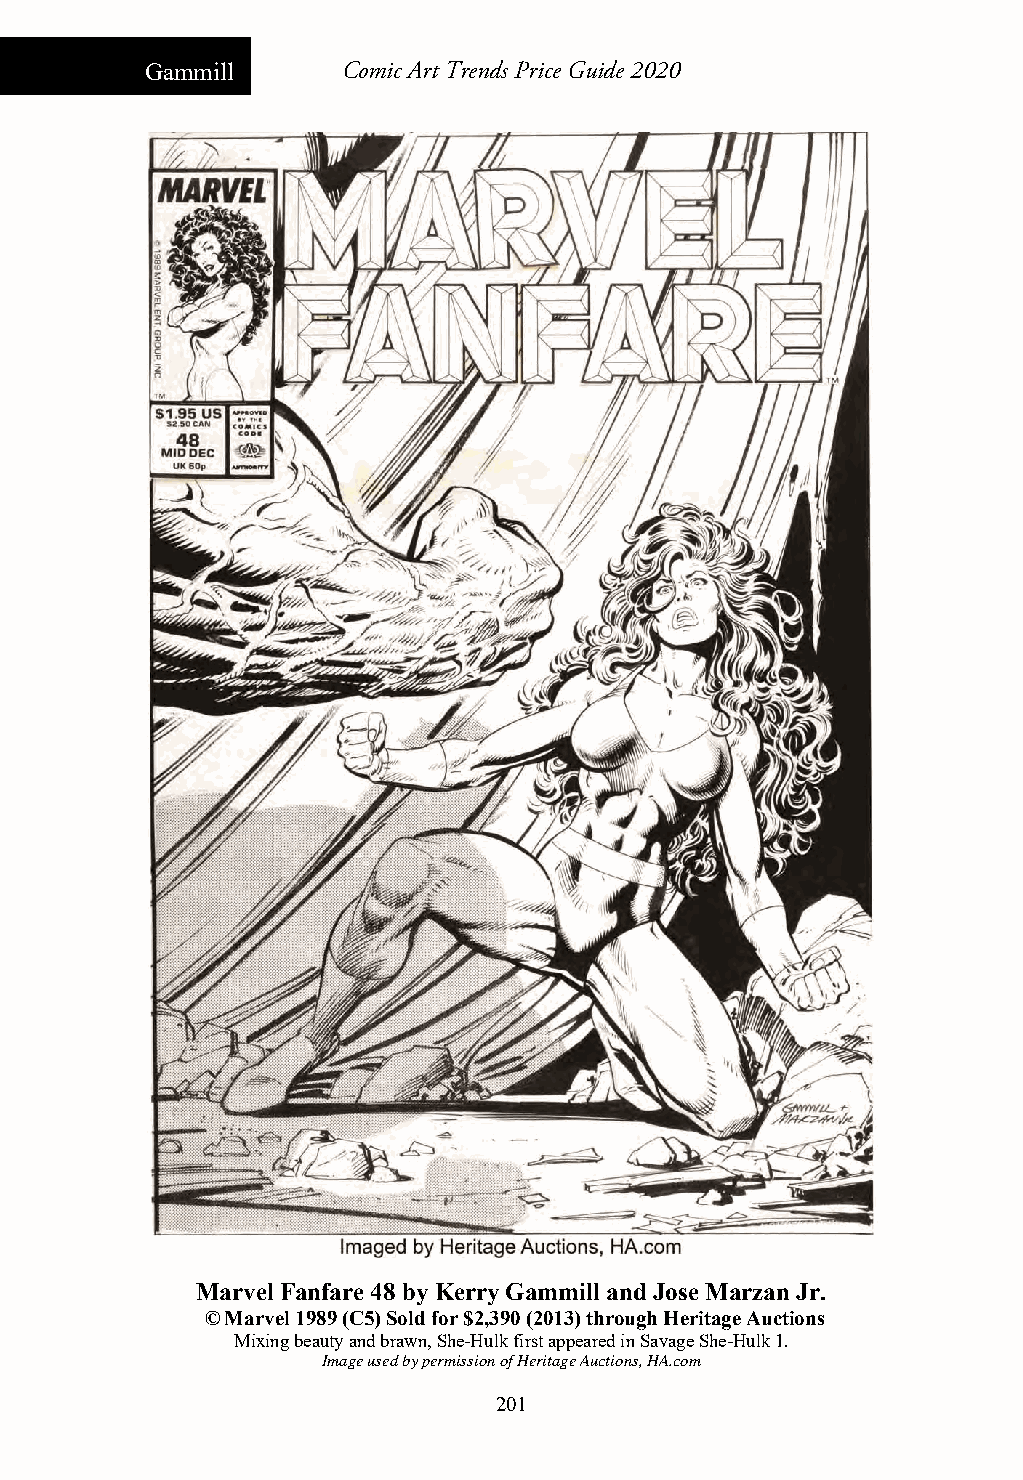
Gammill      Comic Art Trends Price Guide 2020
 Marvel Fanfare 48 by Kerry Gammill and Jose Marzan Jr.
 © Marvel 1989 (C5) Sold for $2,390 (2013) through Heritage Auctions
 Mixing beauty and brawn, She-Hulk first appeared in Savage She-Hulk 1.
 Image used by permission of Heritage Auctions, HA.com
 201